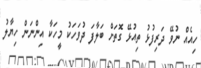
ހިއެއް ނުވޭ ދަރިފުޅު ތިއުޅޭ ގޮތަށް ބަލާފަ ދުވަހަކު މީހަކާ އިންނަން ހިޔާލު